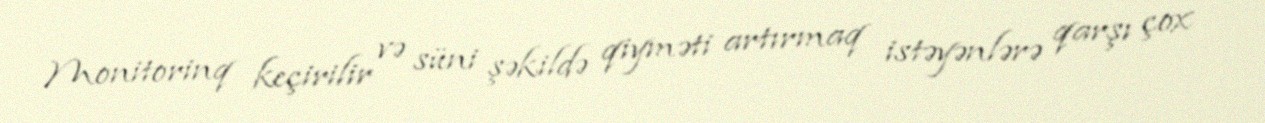
Monitorinq keçirilir və süni şəkildə qiyməti artırmaq istəyənlərə qarşı çox